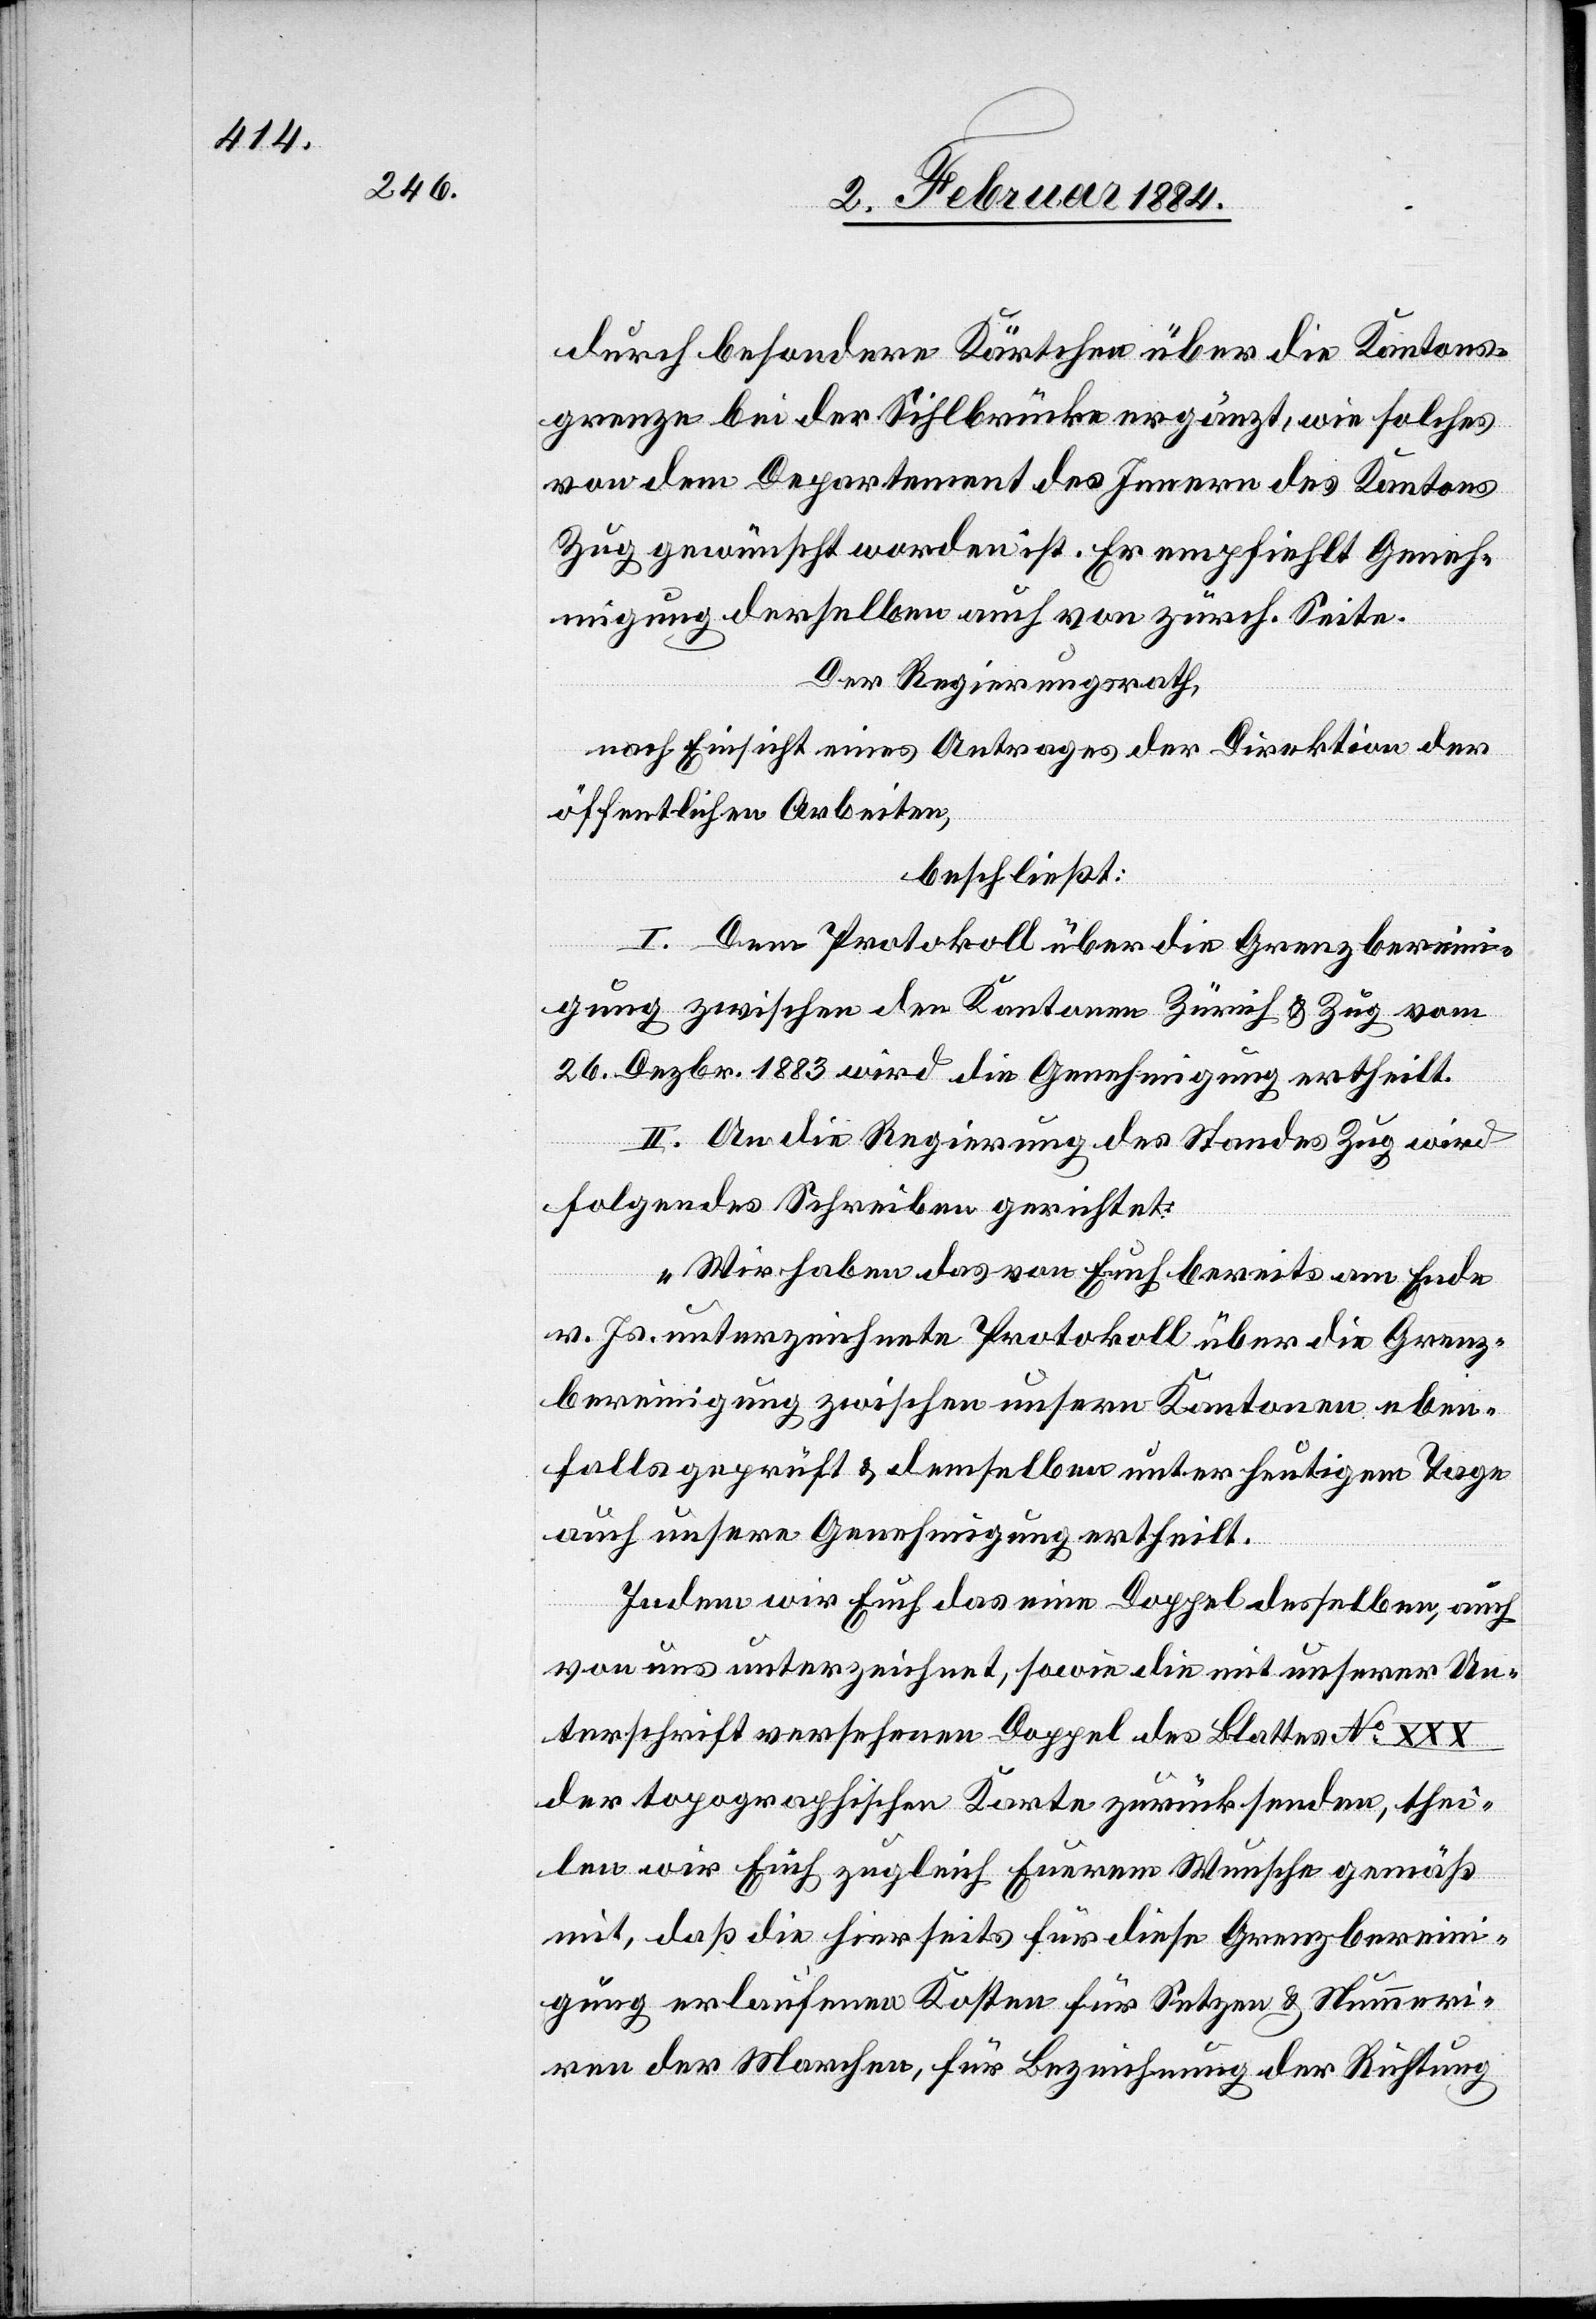
durch besondere Kärtchen über die Kantons¬
grenze bei der Sihlbrücke ergänzt, wie solches
von dem Departement des Innern des Kantons
Zug gewünscht worden ist. Er empfiehlt Geneh¬
migung derselben auch von zürch. Seite.
Der Regierungsrath
nach Einsicht eines Antrages der Direktion der
öffentlichen Arbeiten,
beschließt:
I. Dem Protokoll über die Grenzberein¬
igung zwischen den Kantonen Zürich & Zug vom
26. Dezbr. 1883 wird die Genehmigung ertheilt.
II. An die Regierung des Standes Zug wird
folgendes Schreiben gerichtet:
„Wir haben das von Euch bereits am Ende
v. Js. unterzeichnete Protokoll über die Grenz¬
bereinigung zwischen unseren Kantonen eben¬
falls geprüft & demselben unter heutigem Tage
auch unsere Genehmigung ertheilt.
Indem wir Euch das eine Doppel desselben, auch
von uns unterzeichnet, sowie die mit unserer Un¬
terschrift versehenen Doppel des Blattes No XXX
der topographischen Karte zurücksenden, thei¬
len wir Euch zugleich Eurem Wunsche gemäß
mit, daß die hierseits für diese Grenzberein¬
igung erlaufenen Kosten für Setzen & Nummeri¬
ren der Marchen, für Bezeichnung der Richtung